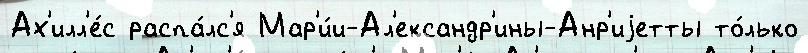
Ах'илл'е́с распа́лс'я Мар'и́и-Ал'ександр'ины-Анр'иjетты то́лько